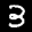
Label: 3